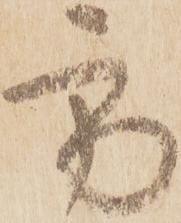
方